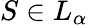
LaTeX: S\in L_{\alpha}